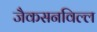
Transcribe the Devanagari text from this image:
जैकसनविल्ल